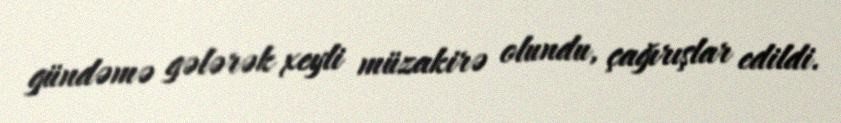
gündəmə gələrək xeyli müzakirə olundu, çağırışlar edildi.